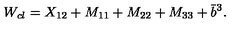
W _ { c l } = X _ { 1 2 } + M _ { 1 1 } + M _ { 2 2 } + M _ { 3 3 } + \bar { b } ^ { 3 } .